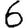
Digit: 6